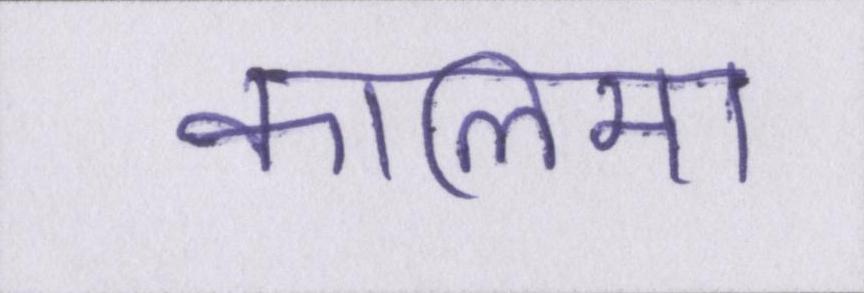
कालिमा